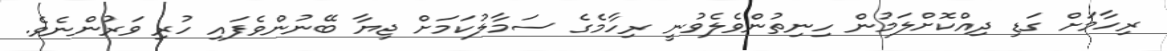
ރިހާމަށް ގަޑި ދިއްކޮށްލަމުން ހިނިތުންވެލެވުނީ ރިހާމެގެ ސަމާލުކަމަށް ޖިޔާ ބޭނުންވެފައި ހުރި ވަރުންނެވެ.